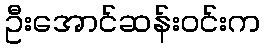
ဦးအောင်ဆန်းဝင်းက